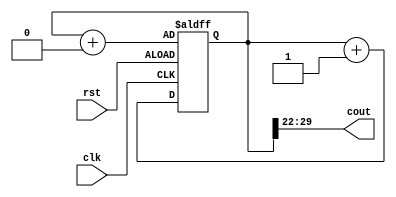
module calculator (
    input clk, rst,
    output [7:0] cout
);
reg [29:0] Q;
always @(posedge clk or posedge rst)
begin 
    if (rst == 1) Q <= Q + 30'b0;
    else Q <= Q + 30'b1;
end
assign cout = Q[29:22];
endmodule